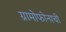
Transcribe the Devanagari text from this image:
ग्रामोफोनाची